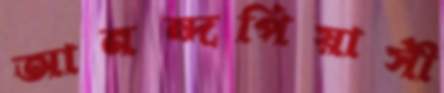
আনন্দপিয়াসী